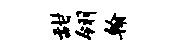
甜翎翰